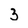
Character: 3